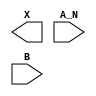
module sky130_fd_sc_hs__and2b (
    X  ,
    A_N,
    B
);

    output X  ;
    input  A_N;
    input  B  ;

    // Voltage supply signals
    supply1 VPWR;
    supply0 VGND;

endmodule